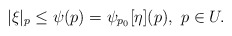
\begin{align*} |\xi|_p \le \psi(p) = \psi_{p_0}[\eta](p), \ p \in U.\end{align*}